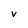
Character: v